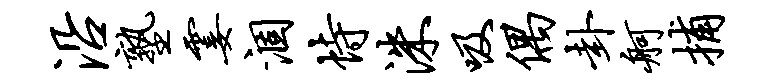
沿塾霎涸恃洙吸偶卦舸捕